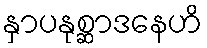
နှာပနုစ္ဆာဒနေဟိ